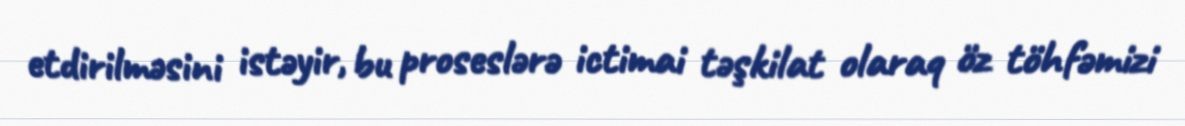
etdirilməsini istəyir, bu proseslərə ictimai təşkilat olaraq öz töhfəmizi